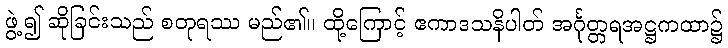
ဖွဲ့၍ ဆိုခြင်းသည် စတုရဿ မည်၏။ ထို့ကြောင့် ဧကာဒသနိပါတ် အင်္ဂုတ္တရအဋ္ဌကထာ၌